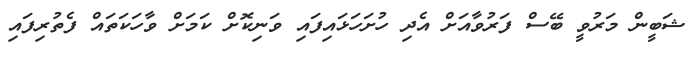
ޝަބީން މަރުވީ ބޭސް ފަރުވާއަށް އެދި ހުށަހަޅައިފައި ވަނިކޮށް ކަމަށް ވާހަކަތައް ފެތުރިފައި